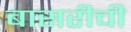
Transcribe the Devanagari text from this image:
बासरीची